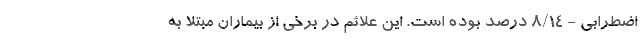
اضطرابی - ۸/۱۴ درصد بوده است. این علائم در برخی از بیماران مبتلا به